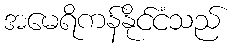
အမေရိကန်နိုင်ငံသည်